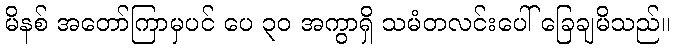
မိနစ် အတော်ကြာမှပင် ပေ ၃၀ အကွာရှိ သမံတလင်းပေါ် ခြေချမိသည်။